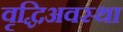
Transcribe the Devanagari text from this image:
वृद्धिअवस्था